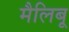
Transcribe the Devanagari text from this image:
मैलिबू